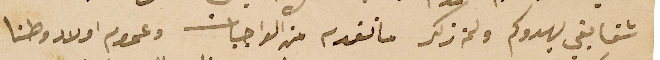
شقايقي يهدوكم ولمن ذكر ما تقدم من الواجبات وعموم اولاد وطنا